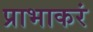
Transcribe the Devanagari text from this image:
प्राभाकरं